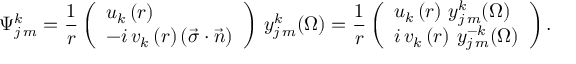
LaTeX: \Psi _ { j \, m } ^ { k } = { \frac { 1 } { r } } \left( { \begin{array} { l } { { { u _ { k } \left( r \right) } } } \\ { { { - i \, v _ { k } \left( r \right) \left( { \vec { \sigma } \cdot \vec { n } } \right) } } } \end{array} } \right) \, y _ { j \, m } ^ { k } ( \Omega ) = { \frac { 1 } { r } } \left( { \begin{array} { l } { { { u _ { k } \left( r \right) \, y _ { j \, m } ^ { k } ( \Omega ) } } } \\ { { { i \, v _ { k } \left( r \right) \, y _ { j \, m } ^ { - k } ( \Omega ) } } } \end{array} } \right) .